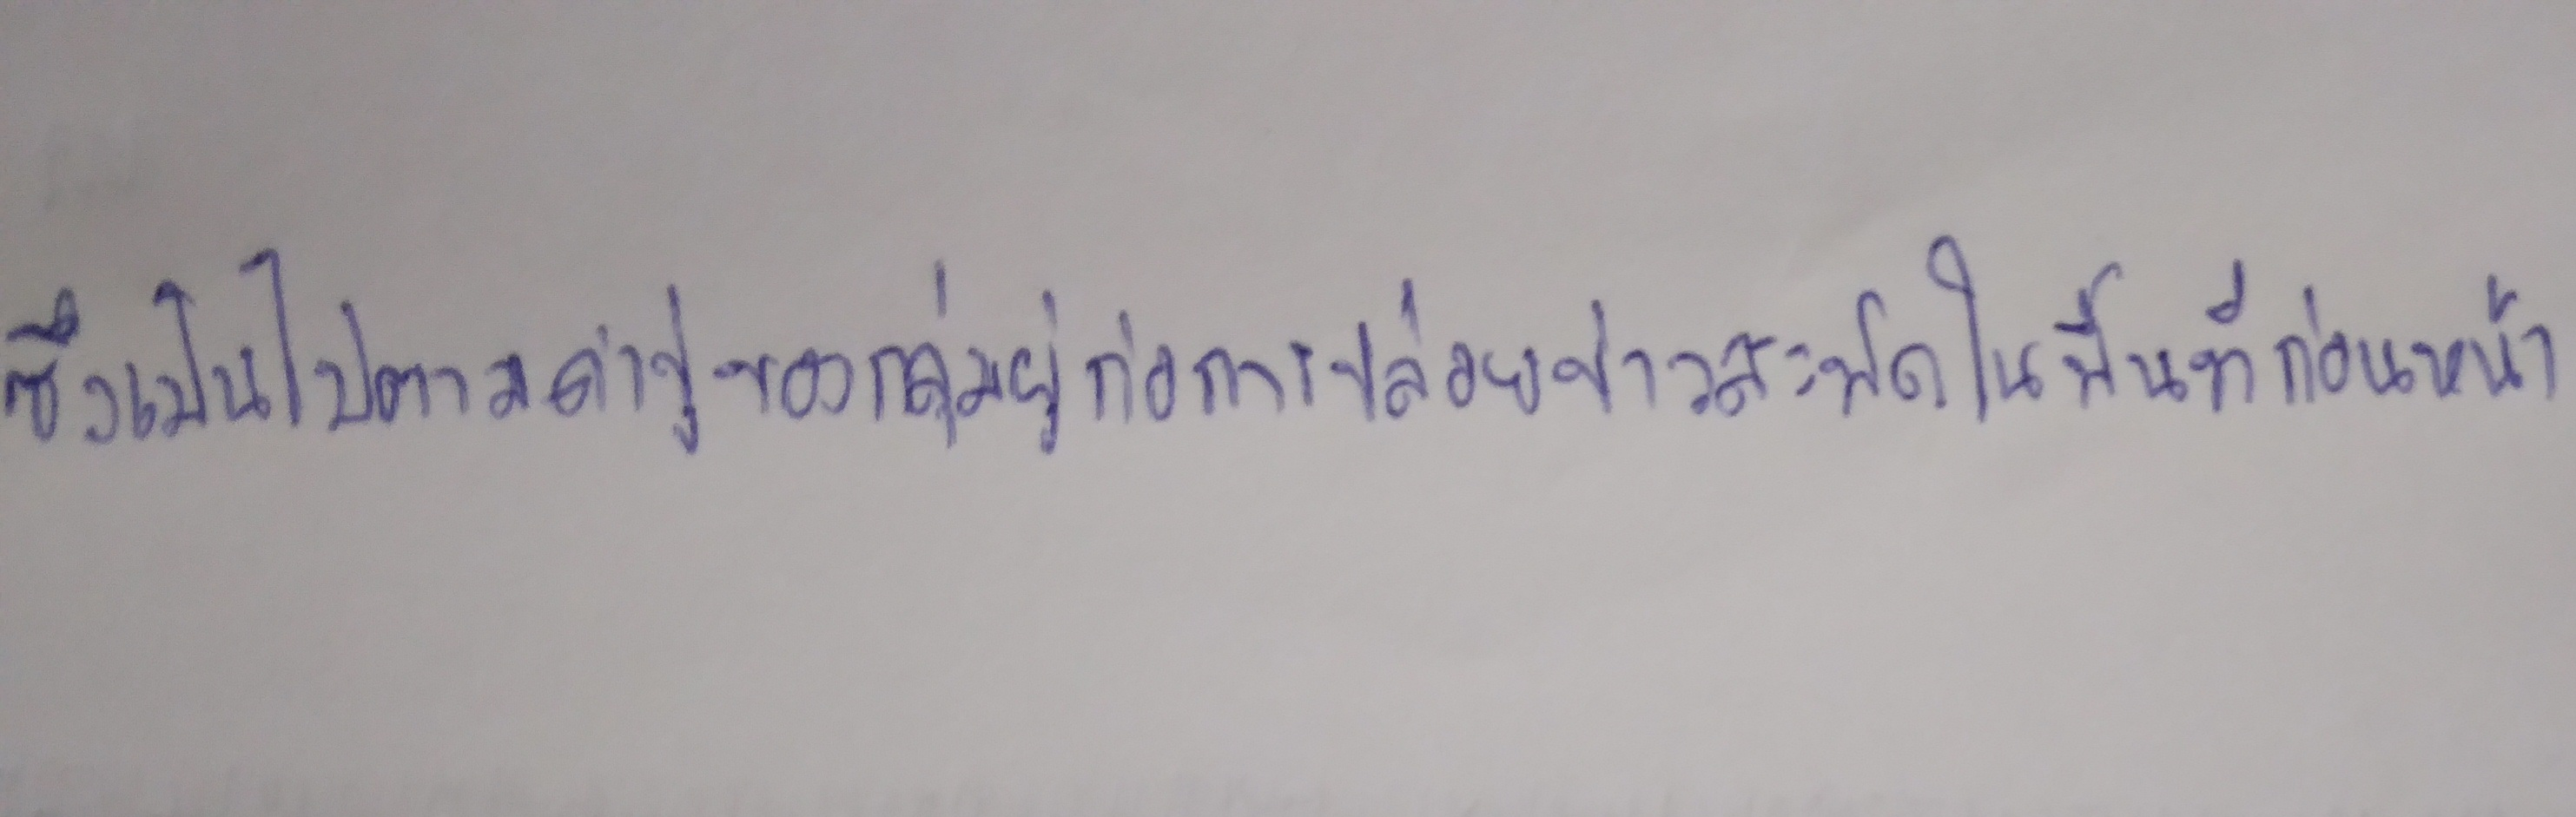
ซึ่งเป็นไปตามคำขู่ของกลุ่มผู้ก่อการปล่อยข่าวสะพัดในพื้นที่ก่อนหน้า